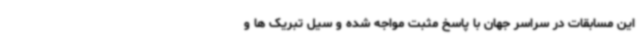
این مسابقات در سراسر جهان با پاسخ مثبت مواجه شده و سیل تبریک ها و